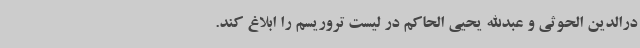
درالدین الحوثی و عبدالله یحیی الحاکم در لیست تروریسم را ابلاغ کند.